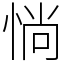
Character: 惝